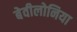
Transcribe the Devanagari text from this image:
बेवीलोनिया